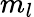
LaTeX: m_{l}